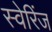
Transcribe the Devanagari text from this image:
स्वेरिंज